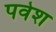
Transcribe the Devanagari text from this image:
पवेश